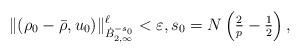
LaTeX: \begin{align*} \Vert (\rho_0-\bar{\rho},u_0)\Vert_{\dot B^{-s_0}_{2,\infty}}^\ell <\varepsilon, s_0 = N\left(\tfrac{2}{p} - \tfrac{1}{2}\right),\end{align*}